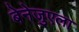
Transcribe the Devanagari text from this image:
बेनेजुएला